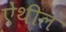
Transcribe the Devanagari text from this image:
ऐंथील